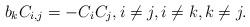
LaTeX: \begin{align*}b_kC_{i,j}=-C_iC_j,i\neq j,i\neq k,k\neq j.\end{align*}